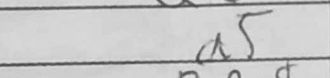
Transcription: a5